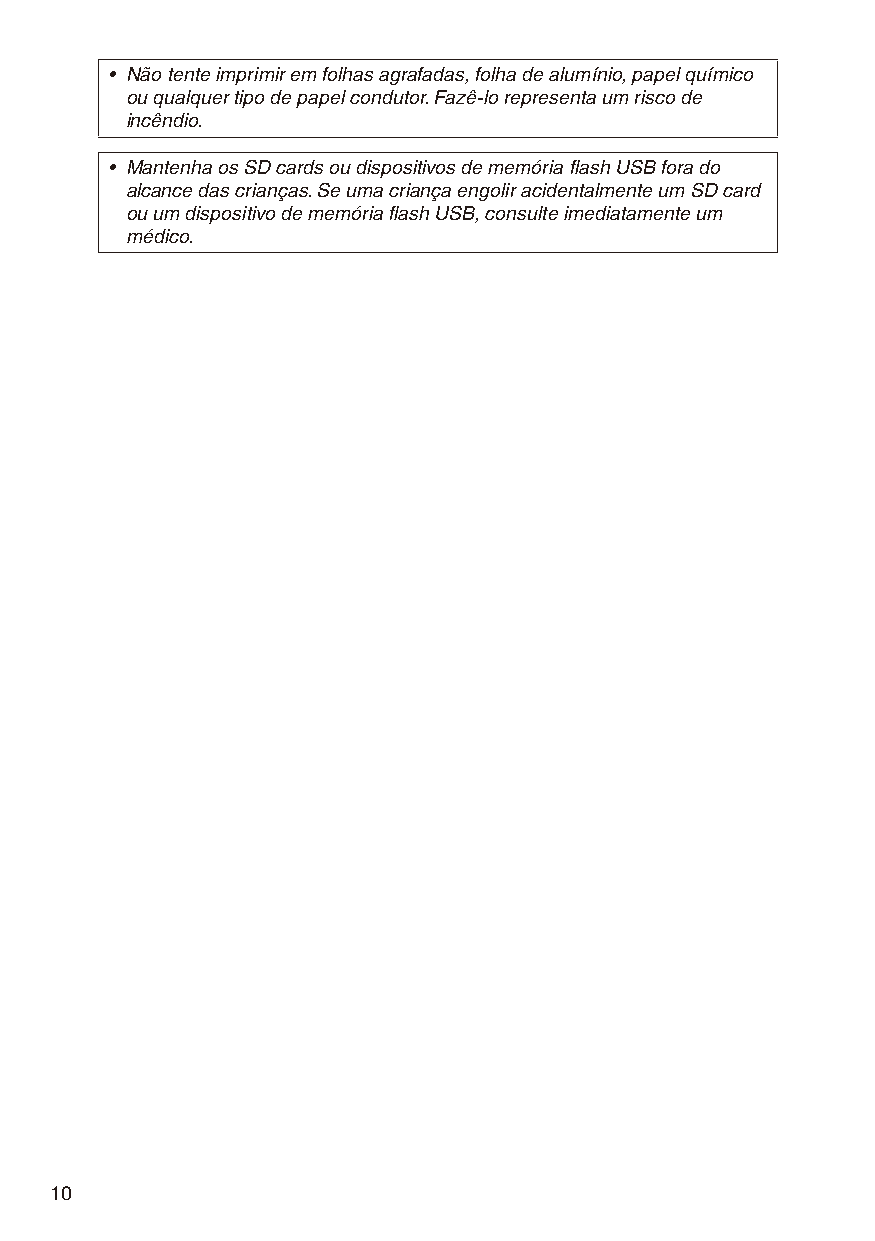
• Não tente imprimir em folhas agrafadas, folha de alumínio, papel químico
 ou qualquer tipo de papel condutor. Fazê-lo representa um risco de
 incêndio.
 • Mantenha os SD cards ou dispositivos de memória flash USB fora do
 alcance das crianças. Se uma criança engolir acidentalmente um SD card
 ou um dispositivo de memória flash USB, consulte imediatamente um
 médico.
 10